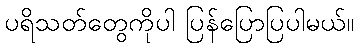
ပရိသတ်တွေကိုပါ ပြန်ပြောပြပါမယ်။